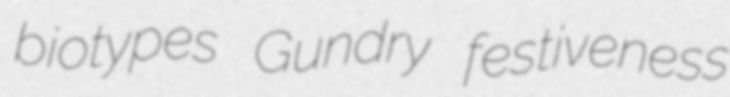
biotypes Gundry festiveness